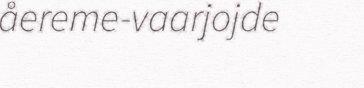
åereme-vaarjojde